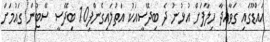
އައްޑޫގައި ގަވާއިދާ ހިލާފަށް އުޅުނު ދެ ބިދޭސީއަކު އަތުލައިގެންފި10 ބިދޭސީ ސޭޓުން ގައުމަށް